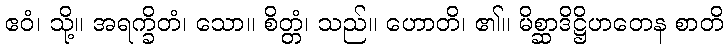
ဧဝံ၊ သို့။ အရက္ခိတံ၊ သော။ စိတ္တံ၊ သည်။ ဟောတိ၊ ၏။ မိစ္ဆာဒိဋ္ဌိဟတေန စာတိ